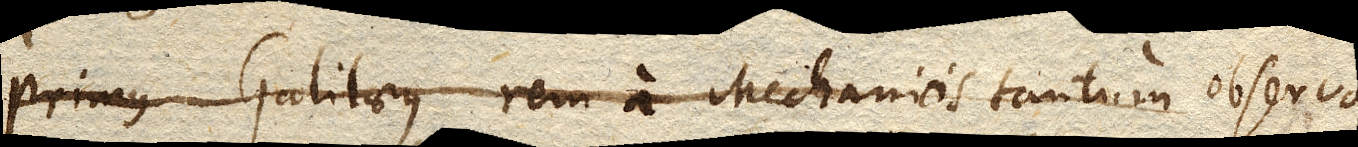
Primus Galilaeus rem a Mechanicis tantum observa–